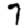
Digit: 7